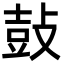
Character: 鼔